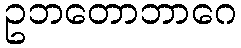
ဥဘတောဘာဂေ